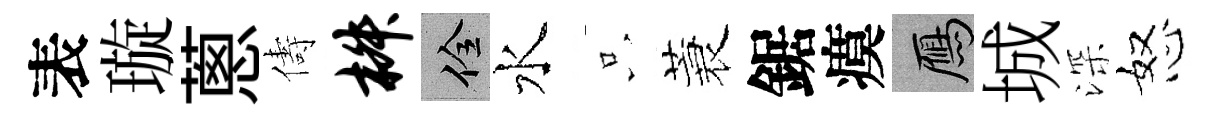
表璇蔥儔椒佺水只蓑鋸瘼鴈城深怒